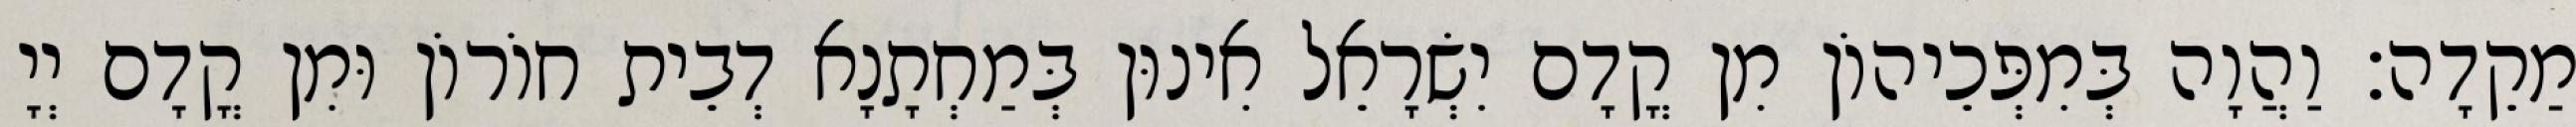
מַקֵדָה׃ וַהֲוָה בְּמִפְּכֵיהוֹן מִן קֳדָם יִשְׂרָאֵל אִינוּן בְּמַחְתָנָא דְבֵית חוֹרוֹן וּמִן קֳדָם יְיָ